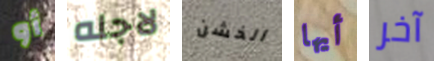
أو لاجله الخشن أيها آخر